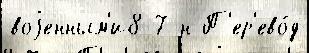
воjенным'и8 7 н П'ер'ево́д